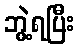
ဘွဲ့ရပြီး